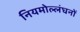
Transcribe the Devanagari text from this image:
नियमोल्लंघनों